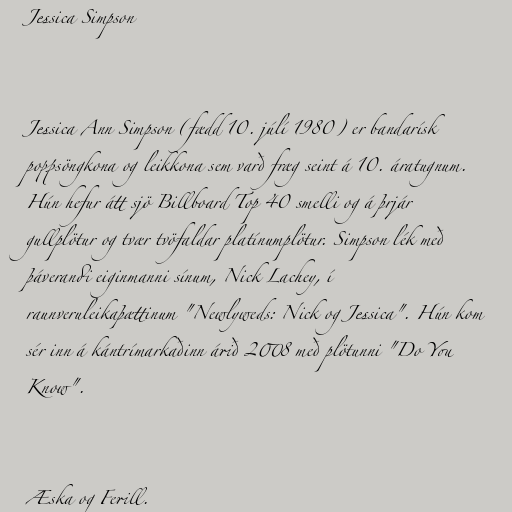
Jessica Simpson

Jessica Ann Simpson (fædd 10. júlí 1980) er bandarísk
poppsöngkona og leikkona sem varð fræg seint á 10. áratugnum.
Hún hefur átt sjö Billboard Top 40 smelli og á þrjár
gullplötur og tvær tvöfaldar platínumplötur. Simpson lék með
þáverandi eiginmanni sínum, Nick Lachey, í
raunveruleikaþættinum "Newlyweds: Nick og Jessica". Hún kom
sér inn á kántrímarkaðinn árið 2008 með plötunni "Do You
Know".

Æska og Ferill.